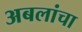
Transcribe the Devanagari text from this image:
अबलांचा